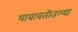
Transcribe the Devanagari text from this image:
याबाबतीतल्या